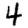
Digit: 4